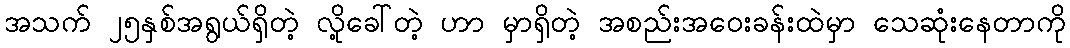
အသက် ၂၅နှစ်အရွယ်ရှိတဲ့ လို့ခေါ်တဲ့ ဟာ မှာရှိတဲ့ အစည်းအဝေးခန်းထဲမှာ သေဆုံးနေတာကို